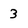
Character: 3